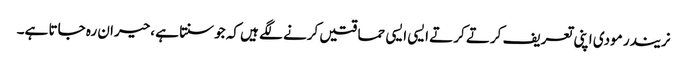
نریندر مودی اپنی تعریف کرتے کرتے ایسی ایسی حماقتیں کرنے لگے ہیں کہ جوسنتا ہے ،حیران رہ جاتا ہے۔